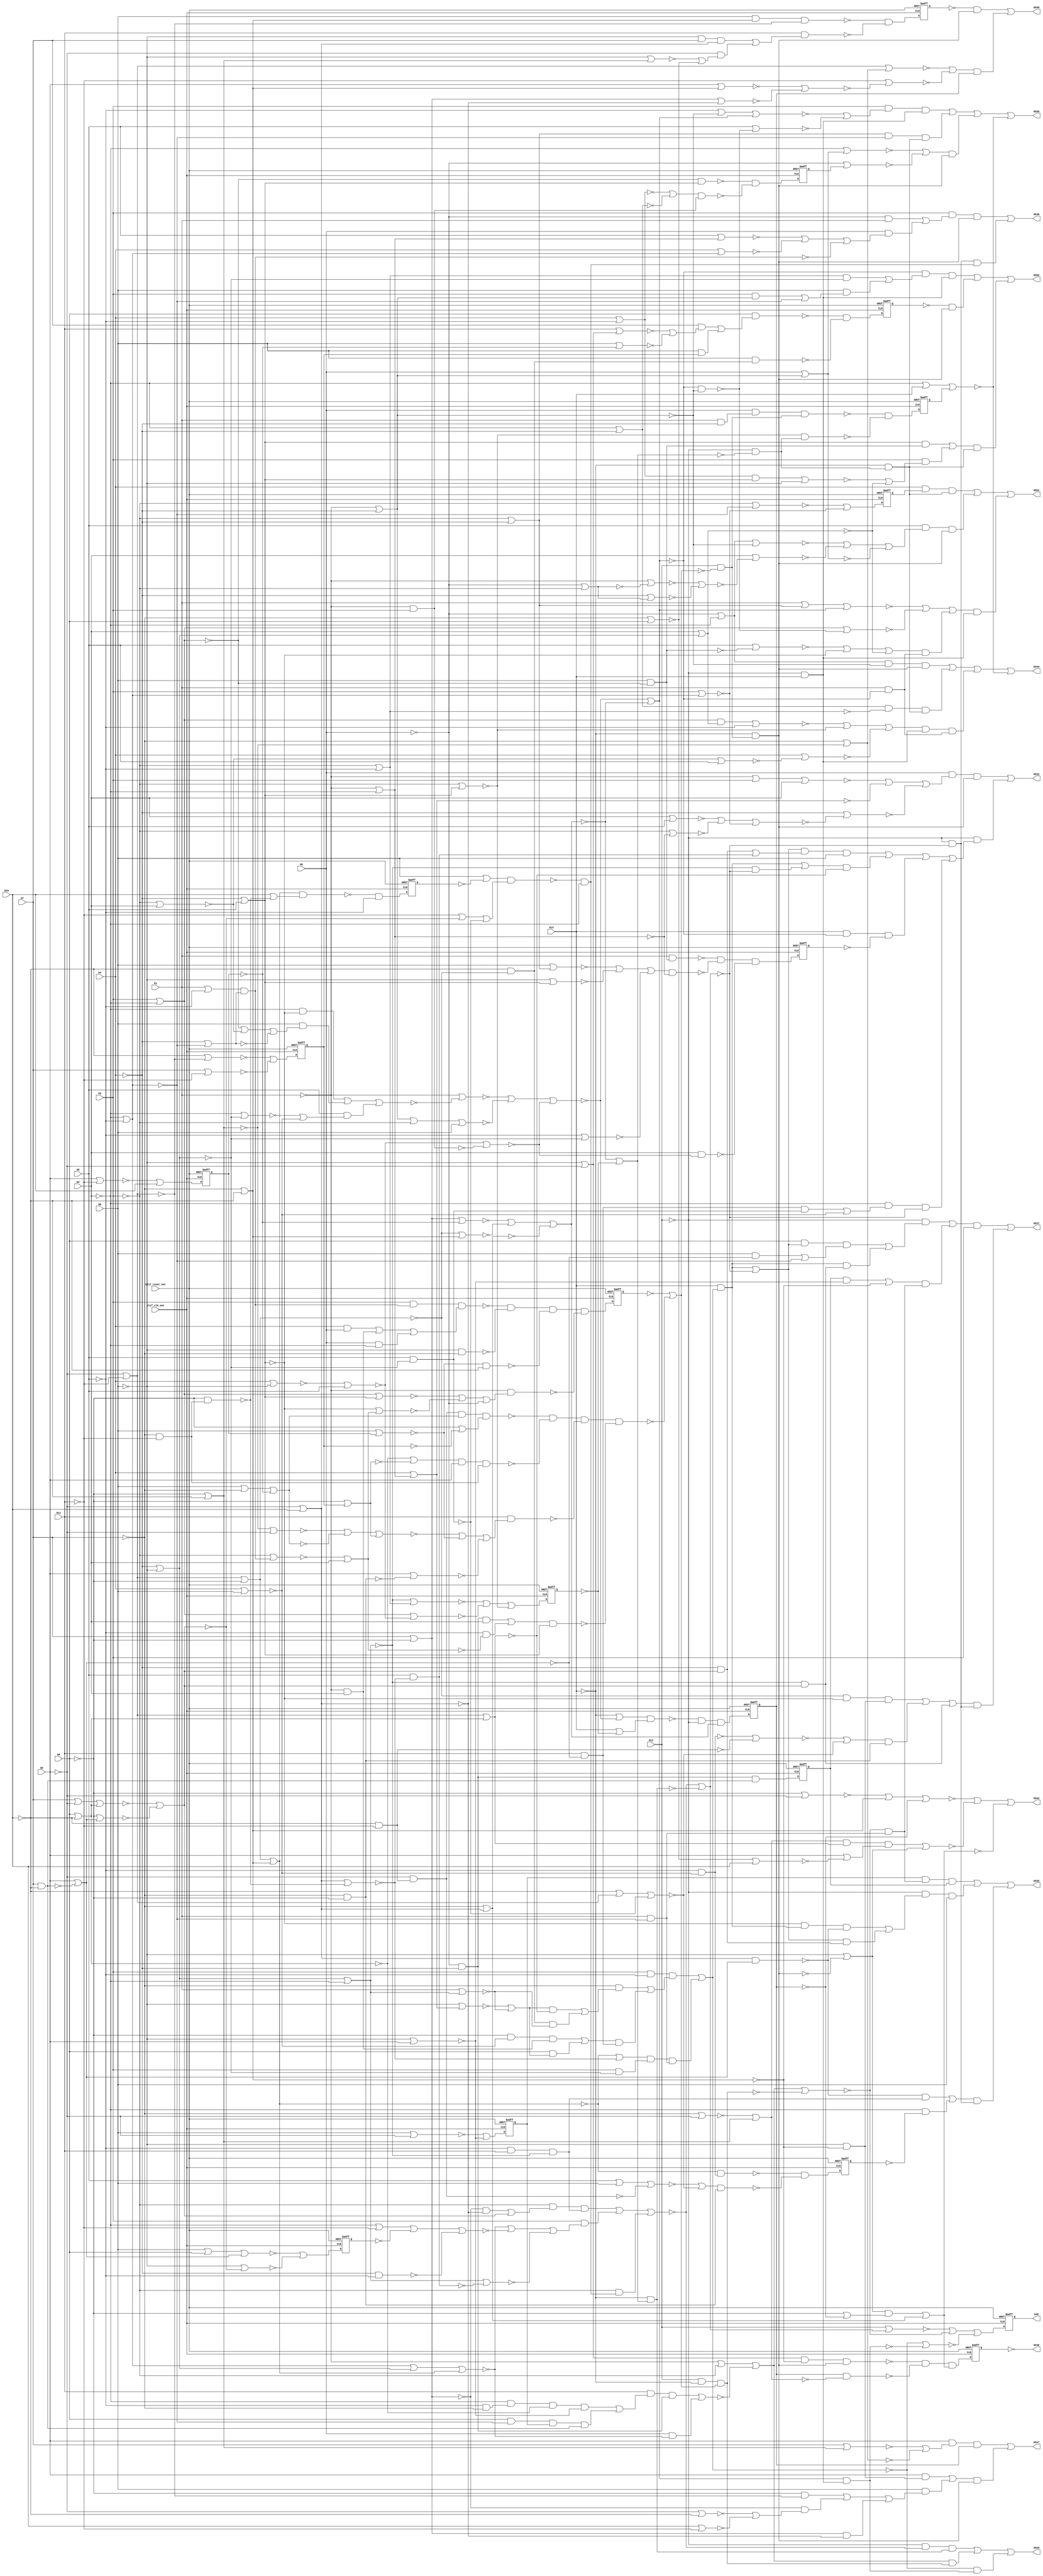
module s1196(
  blif_clk_net,
  blif_reset_net,
  G0,
  G1,
  G2,
  G3,
  G4,
  G5,
  G6,
  G7,
  G8,
  G9,
  G10,
  G11,
  G12,
  G13,
  G546,
  G539,
  G550,
  G551,
  G552,
  G547,
  G548,
  G549,
  G530,
  G45,
  G542,
  G532,
  G535,
  G537);
input blif_clk_net;
input blif_reset_net;
input G0;
input G1;
input G2;
input G3;
input G4;
input G5;
input G6;
input G7;
input G8;
input G9;
input G10;
input G11;
input G12;
input G13;
output G546;
output G539;
output G550;
output G551;
output G552;
output G547;
output G548;
output G549;
output G530;
output G45;
output G542;
output G532;
output G535;
output G537;
reg G29;
reg G30;
reg G31;
reg G32;
reg G33;
reg G34;
reg G35;
reg G36;
reg G37;
reg G38;
reg G39;
reg G40;
reg G41;
reg G42;
reg G43;
reg G44;
reg G45;
reg G46;
wire G260;
wire G228;
wire G196;
wire G61;
wire G140;
wire G371;
wire G489;
wire G498;
wire G161;
wire G395;
wire G209;
wire G301;
wire G453;
wire G365;
wire G356;
wire G295;
wire G313;
wire G270;
wire G522;
wire G218;
wire G134;
wire G269;
wire G83;
wire G80;
wire G122;
wire G503;
wire G389;
wire G151;
wire G412;
wire G405;
wire G81;
wire G58;
wire G434;
wire G310;
wire G238;
wire G114;
wire II218;
wire G302;
wire G246;
wire G175;
wire G398;
wire G172;
wire G51;
wire G421;
wire G490;
wire G510;
wire G341;
wire G373;
wire G213;
wire G465;
wire II493;
wire G444;
wire G354;
wire G344;
wire G300;
wire G47;
wire G320;
wire G57;
wire G488;
wire G239;
wire G419;
wire G414;
wire G312;
wire G227;
wire G392;
wire G162;
wire G197;
wire G164;
wire II624;
wire G66;
wire II692;
wire G359;
wire G364;
wire G404;
wire G499;
wire G141;
wire G123;
wire G56;
wire G343;
wire G268;
wire G97;
wire G271;
wire II386;
wire G435;
wire G150;
wire G379;
wire G474;
wire G225;
wire G135;
wire G60;
wire G82;
wire G290;
wire G188;
wire G84;
wire G303;
wire G397;
wire G240;
wire G470;
wire G247;
wire G89;
wire G257;
wire G442;
wire G212;
wire G98;
wire G55;
wire II316;
wire G443;
wire G372;
wire G183;
wire G511;
wire G500;
wire G48;
wire G336;
wire G173;
wire G452;
wire G108;
wire II502;
wire G449;
wire G479;
wire G180;
wire G323;
wire G543;
wire G100;
wire G521;
wire G52;
wire G124;
wire G120;
wire G299;
wire G368;
wire G207;
wire G273;
wire G515;
wire G487;
wire G524;
wire G258;
wire G129;
wire G492;
wire G193;
wire G160;
wire G184;
wire G256;
wire G132;
wire G380;
wire G424;
wire G158;
wire G436;
wire G113;
wire G272;
wire G403;
wire G319;
wire G222;
wire G486;
wire G189;
wire G219;
wire G441;
wire G338;
wire G115;
wire G480;
wire G417;
wire G374;
wire G243;
wire G544;
wire G157;
wire G512;
wire II276;
wire G67;
wire G107;
wire G437;
wire G496;
wire G402;
wire II295;
wire G90;
wire G501;
wire G279;
wire G262;
wire G277;
wire G215;
wire II287;
wire G223;
wire G362;
wire G75;
wire G396;
wire G292;
wire II330;
wire G235;
wire G142;
wire G352;
wire G346;
wire G461;
wire G288;
wire G206;
wire G304;
wire G101;
wire G121;
wire G469;
wire G523;
wire G261;
wire G159;
wire II573;
wire G255;
wire G321;
wire G259;
wire G531;
wire G68;
wire G311;
wire G185;
wire G337;
wire G192;
wire G195;
wire II371;
wire G330;
wire G204;
wire G168;
wire II327;
wire G318;
wire G422;
wire G328;
wire G59;
wire G274;
wire G357;
wire G477;
wire G394;
wire G226;
wire G224;
wire G99;
wire G460;
wire G116;
wire G112;
wire G411;
wire G448;
wire G287;
wire G459;
wire G306;
wire G534;
wire G182;
wire G170;
wire G214;
wire G76;
wire G133;
wire G242;
wire G440;
wire G345;
wire G513;
wire G401;
wire G194;
wire G232;
wire G497;
wire G514;
wire G278;
wire G491;
wire G143;
wire G305;
wire G355;
wire G429;
wire G472;
wire G106;
wire G178;
wire G333;
wire G50;
wire G381;
wire G167;
wire G430;
wire G291;
wire G361;
wire G462;
wire G234;
wire G138;
wire G438;
wire G541;
wire G217;
wire G200;
wire G456;
wire G254;
wire G353;
wire G77;
wire G93;
wire G191;
wire G105;
wire G144;
wire G329;
wire G147;
wire G493;
wire G297;
wire G117;
wire G506;
wire G447;
wire II631;
wire G485;
wire G176;
wire G210;
wire G457;
wire G284;
wire G325;
wire G526;
wire G221;
wire G400;
wire G307;
wire G386;
wire G554;
wire G187;
wire G118;
wire G130;
wire G54;
wire G478;
wire G348;
wire G87;
wire G69;
wire G426;
wire G533;
wire II536;
wire G314;
wire G126;
wire G517;
wire G366;
wire G377;
wire II156;
wire G169;
wire G111;
wire G171;
wire G263;
wire G385;
wire G233;
wire G450;
wire G324;
wire G507;
wire G166;
wire G525;
wire G446;
wire G216;
wire G282;
wire G471;
wire G439;
wire G286;
wire G369;
wire G145;
wire G253;
wire G136;
wire G494;
wire G464;
wire G332;
wire G391;
wire G190;
wire G245;
wire G155;
wire G128;
wire G409;
wire G308;
wire G285;
wire G420;
wire G431;
wire G94;
wire G91;
wire G423;
wire G316;
wire G104;
wire G458;
wire G360;
wire G484;
wire II576;
wire G384;
wire G205;
wire G536;
wire G92;
wire G375;
wire G376;
wire G201;
wire G264;
wire G416;
wire G294;
wire G276;
wire G63;
wire G527;
wire G339;
wire G509;
wire G78;
wire G553;
wire G127;
wire G156;
wire G252;
wire G110;
wire G88;
wire G425;
wire G475;
wire G119;
wire G131;
wire G516;
wire G331;
wire G347;
wire G418;
wire G70;
wire G363;
wire G495;
wire G413;
wire G95;
wire G315;
wire G463;
wire G79;
wire G244;
wire G445;
wire G351;
wire G427;
wire G236;
wire G393;
wire G248;
wire G137;
wire G165;
wire G538;
wire G529;
wire G383;
wire G483;
wire G432;
wire G504;
wire G174;
wire G342;
wire G146;
wire G309;
wire G378;
wire G198;
wire G289;
wire G408;
wire G387;
wire G73;
wire G163;
wire G251;
wire G148;
wire G153;
wire G85;
wire G519;
wire G74;
wire G230;
wire G283;
wire G103;
wire G326;
wire G49;
wire G177;
wire II529;
wire G208;
wire G211;
wire G293;
wire G265;
wire G71;
wire G410;
wire G267;
wire G275;
wire G406;
wire G520;
wire G335;
wire G281;
wire G322;
wire G202;
wire G358;
wire II374;
wire G508;
wire G370;
wire G149;
wire G468;
wire G139;
wire G109;
wire G237;
wire G528;
wire G428;
wire II249;
wire G473;
wire G125;
wire G181;
wire G298;
wire G454;
wire G476;
wire G350;
wire G229;
wire G296;
wire G199;
wire G399;
wire G482;
wire II272;
wire G179;
wire G62;
wire G102;
wire G502;
wire G317;
wire G152;
wire II352;
wire G382;
wire G388;
wire G64;
wire G250;
wire G86;
wire G241;
wire G334;
wire G505;
wire G407;
wire G231;
wire G280;
wire G415;
wire G327;
wire G72;
wire G266;
wire G203;
wire G455;
wire G186;
wire G96;
wire G53;
wire G451;
wire G249;
wire II280;
wire II662;
wire G220;
wire G540;
wire G390;
wire G367;
wire G349;
wire G433;
wire G545;
wire G518;
wire G340;
wire G154;
always @(posedge blif_clk_net or posedge blif_reset_net)
  if(blif_reset_net == 1)
    G29 <= 0;
  else
    G29 <= G502;
always @(posedge blif_clk_net or posedge blif_reset_net)
  if(blif_reset_net == 1)
    G30 <= 0;
  else
    G30 <= G503;
always @(posedge blif_clk_net or posedge blif_reset_net)
  if(blif_reset_net == 1)
    G31 <= 0;
  else
    G31 <= G504;
always @(posedge blif_clk_net or posedge blif_reset_net)
  if(blif_reset_net == 1)
    G32 <= 0;
  else
    G32 <= G505;
always @(posedge blif_clk_net or posedge blif_reset_net)
  if(blif_reset_net == 1)
    G33 <= 0;
  else
    G33 <= G506;
always @(posedge blif_clk_net or posedge blif_reset_net)
  if(blif_reset_net == 1)
    G34 <= 0;
  else
    G34 <= G507;
always @(posedge blif_clk_net or posedge blif_reset_net)
  if(blif_reset_net == 1)
    G35 <= 0;
  else
    G35 <= G508;
always @(posedge blif_clk_net or posedge blif_reset_net)
  if(blif_reset_net == 1)
    G36 <= 0;
  else
    G36 <= G509;
always @(posedge blif_clk_net or posedge blif_reset_net)
  if(blif_reset_net == 1)
    G37 <= 0;
  else
    G37 <= G510;
always @(posedge blif_clk_net or posedge blif_reset_net)
  if(blif_reset_net == 1)
    G38 <= 0;
  else
    G38 <= G511;
always @(posedge blif_clk_net or posedge blif_reset_net)
  if(blif_reset_net == 1)
    G39 <= 0;
  else
    G39 <= G512;
always @(posedge blif_clk_net or posedge blif_reset_net)
  if(blif_reset_net == 1)
    G40 <= 0;
  else
    G40 <= G513;
always @(posedge blif_clk_net or posedge blif_reset_net)
  if(blif_reset_net == 1)
    G41 <= 0;
  else
    G41 <= G514;
always @(posedge blif_clk_net or posedge blif_reset_net)
  if(blif_reset_net == 1)
    G42 <= 0;
  else
    G42 <= G515;
always @(posedge blif_clk_net or posedge blif_reset_net)
  if(blif_reset_net == 1)
    G43 <= 0;
  else
    G43 <= G516;
always @(posedge blif_clk_net or posedge blif_reset_net)
  if(blif_reset_net == 1)
    G44 <= 0;
  else
    G44 <= G517;
always @(posedge blif_clk_net or posedge blif_reset_net)
  if(blif_reset_net == 1)
    G45 <= 0;
  else
    G45 <= G518;
always @(posedge blif_clk_net or posedge blif_reset_net)
  if(blif_reset_net == 1)
    G46 <= 0;
  else
    G46 <= G519;
assign G260 = ((~G528))|((~G529))|((~G191));
assign G228 = ((~G524));
assign G196 = ((~G5)&(~G540)&(~G86));
assign G61 = (G405)|(G406);
assign G546 = ((~G41));
assign G140 = ((~G33));
assign G371 = (G161&G168&G267);
assign G489 = ((~G273));
assign G498 = ((~G195));
assign G161 = ((~G316))|((~G72));
assign G301 = (G122)|(G486);
assign G395 = (G4)|(G134);
assign G453 = (G545&G186);
assign G209 = ((~G1)&(~G524));
assign G365 = (G282&G137&G156);
assign G356 = (G6)|(G476);
assign G295 = (G122)|(G491);
assign G313 = (G521)|(G475);
assign G270 = ((~G345))|((~G204));
assign G522 = ((~G2));
assign G218 = ((~G528)&(~G217));
assign G134 = ((~G3))|((~G5));
assign G269 = (G362)|(G529);
assign G83 = ((~G355))|((~G356));
assign G80 = ((~G421))|((~G226))|((~G256));
assign G122 = ((~G522))|((~G3));
assign G503 = ((~G286))|((~G538));
assign G389 = (G9)|(G274);
assign G151 = ((~G305))|((~G200));
assign G412 = (G3&G207);
assign G405 = ((~II662));
assign G81 = (G288&G240);
assign G58 = ((~G1))|((~G3));
assign G434 = (G165&G231);
assign G310 = (G522)|(G135);
assign G238 = ((~G2))|((~G524));
assign G114 = (G385)|(G386);
assign II218 = ((~G528));
assign G302 = (G4)|(G529);
assign G246 = ((~G544))|((~G186));
assign G175 = ((~G86)&(~G500));
assign G398 = (G94&G156&G158);
assign G172 = ((~G171));
assign G51 = ((~G260))|((~G237));
assign G421 = (G521)|(G2)|(G228);
assign G490 = ((~G190));
assign G510 = ((~G350))|((~G235));
assign G341 = (G531&G118);
assign G373 = (G34&G160);
assign G213 = ((~G64))|((~G275));
assign G465 = (G524)|(G210);
assign II493 = ((~G218));
assign G444 = (G64&G78&G211);
assign G354 = (G0&G214);
assign G344 = (G111&G189&G195);
assign G300 = (G87)|(G97);
assign G47 = (G440)|(G441);
assign G320 = (G76)|(G272);
assign G57 = ((~G0))|((~G2));
assign G488 = ((~G172));
assign G239 = ((~G7))|((~G533));
assign G419 = (G3)|(G5);
assign G312 = (G180&G182);
assign G414 = ((~II386));
assign G227 = ((~G5)&(~G200));
assign G551 = (G327)|(G328)|(G329);
assign G392 = (G132&G155);
assign G539 = (G451)|(G452)|(G453);
assign G162 = ((~G185)&(~G498));
assign G197 = ((~G540)&(~G232));
assign G164 = ((~G531)&(~G10));
assign II624 = ((~G120));
assign G66 = ((~G129))|((~G101));
assign II692 = ((~G145));
assign G359 = (G6&G31);
assign G364 = (G2&G109);
assign G404 = ((~II493));
assign G141 = (G353)|(G354);
assign G499 = ((~G280));
assign G123 = ((~G122));
assign G56 = ((~G374))|((~G375));
assign G343 = (G2&G528&G147);
assign G268 = ((~G11))|((~G113));
assign G97 = ((~G2))|((~G5));
assign G271 = ((~G1))|((~G4));
assign II386 = ((~G199));
assign G435 = ((~II327));
assign G150 = (G303)|(G304);
assign G379 = (G9&G211);
assign G474 = (G242&G77);
assign G225 = ((~G7)&(~G8));
assign G135 = ((~G134));
assign G60 = (G413)|(G414);
assign G82 = ((~G334))|((~G335));
assign G290 = (G117&G135&G157);
assign G188 = ((~G543)&(~G493));
assign G84 = ((~G369))|((~G370));
assign G303 = ((~II624));
assign G397 = (G101&G98&G157);
assign G240 = ((~G4))|((~G134));
assign G470 = (G528&G149);
assign G247 = ((~G471)&(~G472)&(~G473)&(~G474));
assign G89 = ((~G531))|((~G8));
assign G257 = ((~G538))|((~G230));
assign G442 = (G541&G121);
assign G212 = ((~G213));
assign G98 = ((~G97));
assign G55 = ((~G54));
assign II316 = ((~G239));
assign G443 = (G47&G162);
assign G372 = (G116&G275&G155);
assign G183 = ((~G330)&(~G3));
assign G511 = (G163&G164);
assign G500 = ((~G173));
assign G532 = (G422)|(G423);
assign G48 = ((~G407))|((~G408))|((~G409));
assign G452 = (G526&G184);
assign G336 = ((~II631));
assign G173 = ((~G495));
assign G108 = (G346)|(G347);
assign II502 = ((~G124));
assign G449 = (G88&G154);
assign G479 = ((~G194));
assign G180 = ((~G181));
assign G323 = (G2&G144);
assign G543 = ((~G13));
assign G100 = ((~G381))|((~G220));
assign G521 = ((~G1));
assign G52 = ((~G298))|((~G299))|((~G219));
assign G124 = ((~G206));
assign G120 = ((~G294))|((~G295));
assign G299 = ((~II352));
assign G368 = (G533)|(G536);
assign G207 = ((~G208));
assign G273 = ((~G325))|((~G326));
assign G515 = ((~G387)&(~G388));
assign G487 = ((~G534));
assign G524 = ((~G3));
assign G258 = ((~G464))|((~G103))|((~G223));
assign G129 = ((~G527))|((~G5));
assign G492 = ((~G62));
assign G193 = (G6)|(G30);
assign G160 = ((~G161));
assign G184 = ((~G541)&(~G13)&(~G499));
assign G256 = ((~G4))|((~G69));
assign G132 = ((~G42));
assign G380 = (G6&G93);
assign G424 = (G78&G174&G177);
assign G158 = ((~G521)&(~G281));
assign G436 = (G123&G77);
assign G113 = ((~G389))|((~G390));
assign G272 = ((~G271));
assign G403 = ((~II573));
assign G319 = (G529)|(G489);
assign G222 = ((~G533))|((~G10));
assign G486 = ((~G68));
assign G189 = ((~G522)&(~G54));
assign G219 = ((~G524))|((~G55));
assign G441 = ((~II330));
assign G338 = (G202&G203);
assign G115 = (G457)|(G458)|(G459);
assign G480 = ((~G179));
assign G417 = (G13&G282&G70);
assign G243 = ((~G368))|((~G275))|((~G34));
assign G374 = (G536)|(G538);
assign G544 = (G343)|(G344);
assign G157 = ((~G13)&(~G483));
assign G512 = ((~G310))|((~G233));
assign II276 = ((~G238));
assign G67 = ((~G44));
assign G107 = ((~G456));
assign G437 = (G66&G229);
assign G549 = (G396)|(G397)|(G398)|(G477);
assign G402 = (G154&G183);
assign G496 = ((~G188));
assign II295 = ((~G198));
assign G90 = ((~G89));
assign G501 = ((~G156));
assign G279 = (G317)|(G166);
assign G262 = ((~G527))|((~G278));
assign G277 = ((~G394))|((~G395))|((~G81));
assign G215 = ((~G135))|((~G55))|((~G212));
assign II287 = ((~G135));
assign G223 = ((~G224));
assign G362 = (G129&G77);
assign G75 = ((~G74));
assign G396 = (G76&G272&G155);
assign G292 = (G538)|(G75);
assign II330 = ((~G236));
assign G235 = ((~G6))|((~G536));
assign G142 = (G403)|(G404);
assign G352 = (G8&G135&G37&G164);
assign G346 = (G2&G82);
assign G461 = (G529&G531);
assign G206 = ((~G287))|((~G524));
assign G288 = (G1)|(G528);
assign G304 = (G52&G158);
assign G101 = ((~G3))|((~G4));
assign G121 = (G438)|(G439);
assign G523 = ((~G254))|((~G255))|((~G208));
assign G469 = (G163&G3);
assign G261 = (G283)|(G528);
assign G159 = ((~G6))|((~G155));
assign II573 = ((~G176));
assign G255 = ((~G309))|((~G2))|((~G529));
assign G321 = (G90&G50);
assign G259 = ((~G130))|((~G225));
assign G531 = ((~G7));
assign G68 = ((~G302))|((~G528));
assign G185 = ((~G525))|((~G184));
assign G311 = (G0&G178&G179);
assign G337 = (G270&G167);
assign G192 = ((~G193));
assign G195 = ((~G521)&(~G134));
assign II371 = ((~G1));
assign G330 = (G248&G249);
assign G204 = ((~G521))|((~G87));
assign II327 = ((~G135));
assign G168 = ((~G75))|((~G221));
assign G318 = (G6)|(G8)|(G232);
assign G422 = (G0&G80&G155);
assign G328 = (G5&G102&G155);
assign G59 = ((~G58));
assign G274 = ((~G7))|((~G10));
assign G477 = ((~G276));
assign G357 = (G265&G232);
assign G394 = (G5)|(G58);
assign G226 = ((~G527))|((~G59));
assign G224 = (G533)|(G31);
assign G99 = ((~G29));
assign G460 = (G2&G81&G115);
assign G116 = ((~G6))|((~G9));
assign G112 = ((~G8))|((~G31));
assign G411 = (G48&G59);
assign G448 = (G139&G153);
assign G287 = (G522)|(G81);
assign G459 = ((~II295));
assign G306 = (G524&G78);
assign G534 = ((~G296))|((~G297))|((~G166));
assign G182 = ((~G12)&(~G62));
assign G170 = ((~G171));
assign G214 = ((~G215));
assign G76 = ((~G0))|((~G3));
assign G133 = (G434)|(G435);
assign G242 = (G469)|(G470);
assign G440 = (G38&G234);
assign G345 = (G529)|(G226);
assign G550 = (G289)|(G290)|(G291)|(G485);
assign G513 = ((~G360)&(~G361));
assign G401 = (G2&G110&G155);
assign G232 = ((~G536))|((~G164));
assign G194 = ((~G281)&(~G271));
assign G497 = ((~G205));
assign G514 = ((~G372)&(~G373)&(~G478));
assign G278 = ((~G332))|((~G333));
assign G491 = ((~G194));
assign G305 = (G524)|(G55);
assign G143 = ((~G258))|((~G193))|((~G259));
assign G355 = (G11)|(G116);
assign G429 = (G51&G225);
assign G472 = (G136&G9&G190);
assign G106 = (G358)|(G359);
assign G178 = ((~G521)&(~G4));
assign G333 = ((~II218));
assign G50 = ((~G49));
assign G381 = (G7)|(G71);
assign G167 = ((~G168));
assign G430 = (G177&G196);
assign G234 = ((~G235));
assign G462 = (G192&G538);
assign G361 = (G6&G202);
assign G291 = (G138&G155);
assign G138 = ((~G465))|((~G263));
assign G438 = (G8&G146&G133);
assign G541 = ((~G12));
assign G217 = ((~G50))|((~G230));
assign G200 = ((~G527))|((~G529));
assign G456 = ((~II374));
assign G254 = ((~G1))|((~G152));
assign G353 = (G11&G92&G163);
assign G77 = ((~G4))|((~G528));
assign G93 = (G376)|(G377)|(G378);
assign G191 = ((~G9)&(~G482));
assign G105 = (G321)|(G273);
assign G144 = ((~G215))|((~G252))|((~G253));
assign G329 = (G150&G156);
assign G147 = (G341)|(G342);
assign G493 = ((~G544));
assign G297 = (G64)|(G274);
assign G117 = ((~G2))|((~G4));
assign G506 = ((~G311)&(~G312));
assign G447 = ((~II576));
assign II631 = ((~G188));
assign G485 = ((~G276));
assign G176 = ((~G4)&(~G494));
assign G210 = ((~G520))|((~G272));
assign G457 = (G4&G107);
assign G284 = (G528)|(G272)|(G281);
assign G526 = ((~G1))|((~G2))|((~G141));
assign G325 = (G7)|(G536)|(G222);
assign G221 = ((~G222));
assign G400 = (G0&G277);
assign G307 = (G6&G104);
assign G386 = (G536&G85);
assign G554 = ((~G553));
assign G187 = ((~G13)&(~G492));
assign G118 = (G337)|(G338);
assign G130 = ((~G9));
assign G54 = ((~G4))|((~G6));
assign G478 = ((~G279));
assign G348 = (G97&G55);
assign G87 = ((~G86));
assign G69 = ((~G419))|((~G420))|((~G233));
assign G426 = (G37&G162&G38);
assign G533 = ((~G8));
assign II536 = ((~G79));
assign G126 = (G363)|(G364);
assign G314 = (G527)|(G57);
assign G517 = ((~G428)&(~G429));
assign G366 = (G125&G155);
assign G377 = (G90&G56);
assign II156 = ((~G4));
assign G169 = ((~G5)&(~G7));
assign G111 = ((~G213))|((~G217));
assign G171 = ((~G553))|((~G187));
assign G263 = ((~G0))|((~G99));
assign G385 = (G529&G7&G49);
assign G233 = ((~G522))|((~G135));
assign G450 = (G12)|(G171);
assign G324 = (G522&G183);
assign G507 = ((~G315)&(~G12)&(~G487));
assign G166 = ((~G7))|((~G50));
assign G525 = ((~G526));
assign G446 = ((~II536));
assign G216 = ((~G4)&(~G5));
assign G282 = ((~G281));
assign G471 = (G191&G103&G112);
assign G439 = (G174&G175);
assign G286 = (G9)|(G540);
assign G369 = ((~II316));
assign G253 = ((~G87))|((~G218));
assign G145 = (G426)|(G427);
assign G136 = ((~G222))|((~G224));
assign G494 = ((~G173));
assign G464 = (G72)|(G536);
assign G332 = ((~II276));
assign G391 = (G74)|(G220);
assign G190 = ((~G7)&(~G11));
assign G155 = ((~G13)&(~G480));
assign G245 = ((~G8))|((~G34));
assign G128 = (G415)|(G416)|(G417)|(G418);
assign G409 = (G528)|(G55);
assign G308 = (G5&G151);
assign G285 = (G5)|(G479);
assign G431 = (G524&G67);
assign G420 = (G522)|(G59);
assign G94 = ((~G261))|((~G181))|((~G262));
assign G91 = (G430)|(G431);
assign G423 = (G541&G128);
assign G542 = ((~G243))|((~G244))|((~G279));
assign G104 = ((~G122))|((~G238))|((~G240));
assign G316 = (G531)|(G536);
assign G458 = ((~II272));
assign G360 = (G8&G106);
assign G484 = ((~G30));
assign II576 = ((~G175));
assign G384 = (G529)|(G71);
assign G205 = ((~G529)&(~G122));
assign G536 = ((~G9));
assign G92 = (G351)|(G352);
assign G375 = (G10)|(G540);
assign G376 = (G533&G75);
assign G201 = ((~G528)&(~G54));
assign G264 = ((~G227))|((~G241));
assign G416 = (G61&G167);
assign G294 = (G1)|(G117)|(G281);
assign G276 = ((~G3))|((~G543))|((~G140));
assign G63 = ((~G75))|((~G8));
assign G527 = ((~G4));
assign G339 = (G533&G199&G209);
assign G509 = ((~G331)&(~G5));
assign G78 = ((~G77));
assign G547 = (G382)|(G383);
assign G553 = (G322)|(G323)|(G324);
assign G127 = ((~G391))|((~G268));
assign G156 = ((~G12)&(~G543));
assign G252 = ((~G3))|((~G11))|((~G35))|((~G216));
assign G110 = (G399)|(G400);
assign G88 = (G446)|(G447);
assign G425 = (G146&G176);
assign G475 = ((~G57));
assign G119 = ((~G284))|((~G285));
assign G131 = (G379)|(G380);
assign G516 = ((~G410)&(~G411)&(~G412));
assign G331 = (G213&G257);
assign G347 = ((~II287));
assign G418 = (G524&G60&G172);
assign G70 = ((~G43));
assign G363 = (G77&G205);
assign G495 = ((~G273));
assign G413 = (G197&G201);
assign G95 = (G424)|(G425);
assign G552 = (G365)|(G366)|(G367);
assign G315 = (G250&G251);
assign G463 = (G521&G148);
assign G79 = (G444)|(G445);
assign G244 = (G371)|(G159);
assign G445 = (G53&G225);
assign G351 = (G524&G169&G221&G234);
assign G427 = (G541&G95&G165);
assign G236 = ((~G274));
assign G393 = (G127&G34);
assign G248 = ((~G529))|((~G36));
assign G137 = (G348)|(G349);
assign G165 = ((~G529));
assign G538 = ((~G10));
assign G529 = ((~G6));
assign G383 = (G131&G155);
assign G483 = ((~G182));
assign G432 = ((~II692));
assign G504 = ((~G292))|((~G293));
assign G174 = ((~G496));
assign G342 = (G73&G197);
assign G309 = ((~II280));
assign G378 = (G89&G50);
assign G146 = (G336)|(G170);
assign G198 = ((~G520)&(~G3));
assign G289 = (G2&G119&G156);
assign G408 = (G529)|(G77);
assign G387 = (G6&G274&G75);
assign G73 = (G339)|(G340);
assign G163 = ((~G0)&(~G4));
assign G251 = ((~G543))|((~G32));
assign G148 = ((~G454))|((~G455))|((~G0));
assign G153 = ((~G522));
assign G85 = ((~G384))|((~G239));
assign G519 = ((~G460)&(~G461)&(~G462)&(~G463));
assign G230 = ((~G8)&(~G490));
assign G74 = ((~G9))|((~G11));
assign G283 = (G122&G219);
assign G103 = ((~G529))|((~G7))|((~G30));
assign G326 = (G533)|(G232);
assign G49 = ((~G9))|((~G538));
assign II529 = ((~G468));
assign G177 = ((~G357));
assign G208 = ((~G68))|((~G229));
assign G211 = ((~G6)&(~G274));
assign G548 = (G392)|(G393);
assign G293 = (G7)|(G540);
assign G265 = ((~G50));
assign G410 = (G1&G205);
assign G71 = ((~G8))|((~G10));
assign G267 = ((~G536))|((~G84));
assign G275 = ((~G274));
assign G406 = (G87&G172);
assign G520 = ((~G0));
assign G335 = ((~II371));
assign G281 = ((~G523))|((~G534));
assign G322 = (G522&G105&G196);
assign G202 = ((~G10)&(~G63));
assign G358 = (G7&G83);
assign II374 = ((~G520));
assign G508 = ((~G318))|((~G319));
assign G535 = (G432)|(G433);
assign G370 = ((~II249));
assign G149 = ((~II529));
assign G468 = ((~II502));
assign G139 = (G442)|(G443);
assign G109 = ((~G269))|((~G219));
assign G537 = (G448)|(G449);
assign G237 = ((~G10))|((~G75))|((~G201));
assign G528 = ((~G5));
assign G428 = (G212&G227);
assign II249 = ((~G538));
assign G473 = (G11&G143);
assign G125 = ((~G40));
assign G181 = ((~G2))|((~G78));
assign G298 = (G5)|(G497);
assign G454 = (G122)|(G77);
assign G476 = ((~G30));
assign G350 = (G6)|(G536);
assign G229 = ((~G1)&(~G522));
assign G296 = (G89)|(G484);
assign G199 = ((~G200));
assign G399 = (G520&G1);
assign G482 = ((~G241));
assign G179 = ((~G541)&(~G280));
assign II272 = ((~G209));
assign G62 = ((~G534))|((~G32));
assign G502 = ((~G436)&(~G437));
assign G102 = ((~G320))|((~G266))|((~G210));
assign G317 = (G159&G245);
assign II352 = ((~G77));
assign G382 = (G9&G100&G34);
assign G388 = (G11&G114);
assign G152 = (G306)|(G307)|(G308);
assign G64 = ((~G63));
assign G250 = ((~G13))|((~G523));
assign G86 = ((~G55))|((~G3));
assign G241 = ((~G10)&(~G11));
assign G334 = ((~II156));
assign G505 = ((~G300))|((~G301))|((~G181));
assign G407 = (G6)|(G117);
assign G231 = ((~G232));
assign G280 = ((~G46))|((~G247));
assign G415 = (G146&G142&G165);
assign G327 = (G4&G39&G157);
assign G72 = ((~G71));
assign G266 = ((~G524))|((~G96));
assign G203 = ((~G204));
assign G186 = ((~G282)&(~G501));
assign G455 = (G78)|(G206);
assign G96 = ((~G313))|((~G314));
assign G53 = ((~G264))|((~G237));
assign G451 = (G541&G554&G187);
assign G249 = ((~G11))|((~G273))|((~G201));
assign II280 = ((~G272));
assign II662 = ((~G174));
assign G220 = ((~G7))|((~G71));
assign G540 = ((~G11));
assign G390 = (G89)|(G50);
assign G367 = (G126&G157);
assign G349 = (G6&G108);
assign G433 = (G91&G154);
assign G545 = ((~G544));
assign G530 = (G401)|(G402);
assign G518 = ((~G450))|((~G185))|((~G246));
assign G340 = (G8&G270);
assign G154 = ((~G12)&(~G488));
endmodule